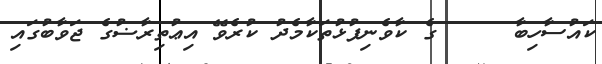
ކައުސާހިބާ     ގެ ކާވެނިފުޅުތަކާމެދު ކުރެވޭ އިޢުތިރާޟުގެ ޖަވާބުގައި